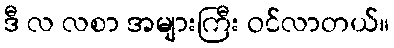
ဒီ လ လစာ အများကြီး ဝင်လာတယ်။